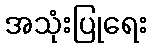
အသုံးပြုရေး